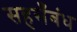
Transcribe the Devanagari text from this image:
सहसँबंध